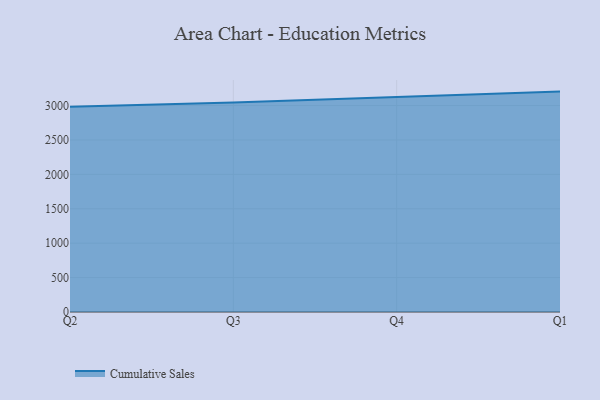
{"axis": {"x": "Quarter", "y": "Active Users"}, "legend": ["Cumulative Sales"], "data": [{"x": "Q2", "y": 2981.5, "type": "Cumulative Sales"}, {"x": "Q3", "y": 3043.8, "type": "Cumulative Sales"}, {"x": "Q4", "y": 3125.4, "type": "Cumulative Sales"}, {"x": "Q1", "y": 3202.8, "type": "Cumulative Sales"}]}